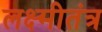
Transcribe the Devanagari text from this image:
लक्ष्मीतंत्र